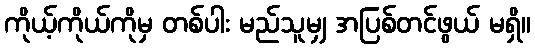
ကိုယ့်ကိုယ်ကိုမှ တစ်ပါး မည်သူမျှ အပြစ်တင်ဖွယ် မရှိ။